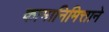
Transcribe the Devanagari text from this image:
कामानिमित्ताने